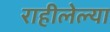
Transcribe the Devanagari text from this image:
राहीलेल्या